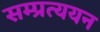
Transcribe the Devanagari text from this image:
सम्प्रत्ययन